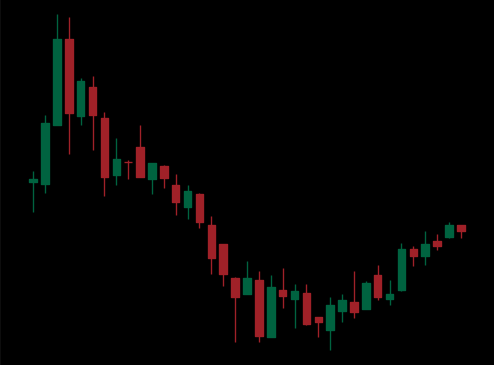
Pattern: bull_flag